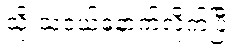
သိုးသငယ်နောက်လိုက်ပြီး